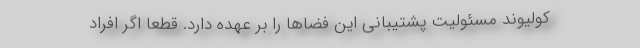
کولیوند مسئولیت پشتیبانی این فضاها را بر عهده دارد. قطعا اگر افراد